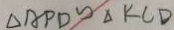
\Delta A P D \sim \Delta K C D